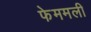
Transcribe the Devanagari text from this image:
फेममली